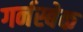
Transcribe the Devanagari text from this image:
गर्नस्बेक